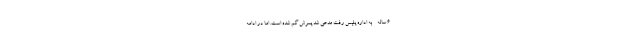
- ۶ ساله - به اداره پلیس رفت مدعی شد پسرش گم شده است. اما در ادامه